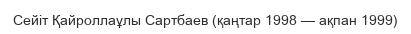
Сейіт Қайроллаұлы Сартбаев (қаңтар 1998 — ақпан 1999)